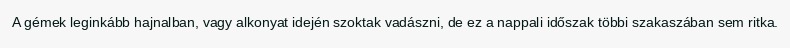
A gémek leginkább hajnalban, vagy alkonyat idején szoktak vadászni, de ez a nappali időszak többi szakaszában sem ritka.